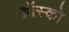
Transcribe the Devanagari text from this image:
ब्रॉस्को